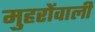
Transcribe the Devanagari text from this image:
मुहरोंवाली